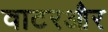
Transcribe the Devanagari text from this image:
वाटरऔर